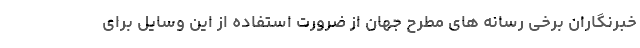
خبرنگاران برخی رسانه های مطرح جهان از ضرورت استفاده از این وسایل برای